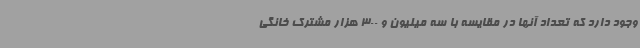
وجود دارد که تعداد آنها در مقایسه با سه میلیون و 300 هزار مشترک خانگی